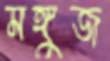
মঙ্গুজ